Civil Veterinary Dept. Bombay admin report 1932-41 - 1932-1941
Year: 1932
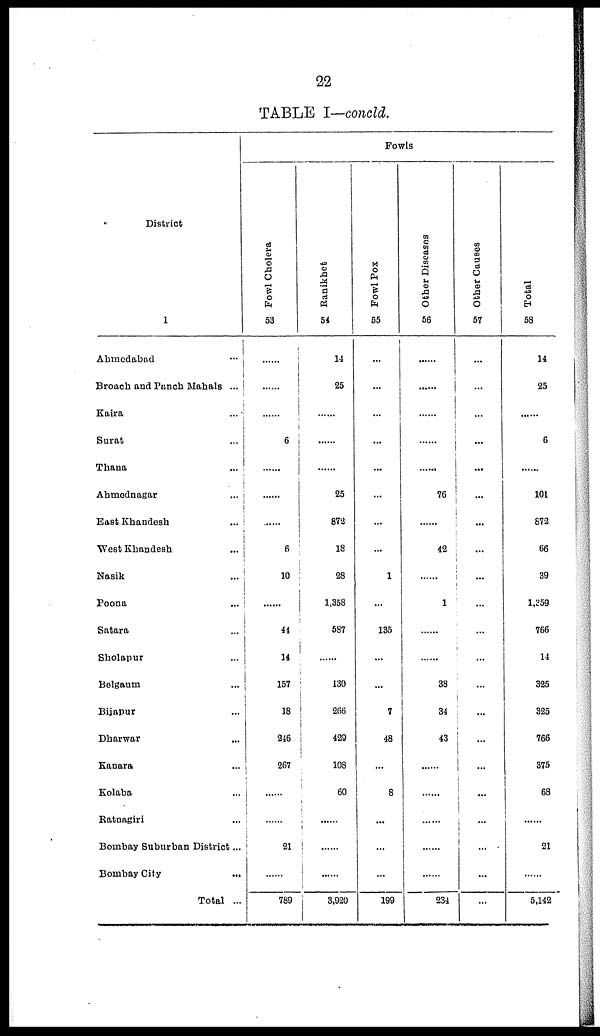
22
TABLE I—concld.
District
1
Ahmedabad ...
Broach and Punch Mahals ...
Kaira ...
Surat ...
Thana ...
Ahmednagar ...
East Khandesh ...
West Khandesh ...
Nasik ...
Poona ...
Satara ...
Sholapur ...
Belgaum ...
Bijapur ...
Dharwar ...
Kanara ...
Kolaba ...
Ratnagiri ...
Bombay Suburban District ...
Bombay City
...
Total ...
Fowls
Fowl Cholera
53
......
......
......
6
......
......
......
6
10
......
44
14
157
18
246
267
......
......
21
......
789
Ranikhet
54
14
25
......
......
......
25
872
18
28
1,358
587
......
130
266
429
108
60
......
......
......
3,920
Fowl Pox
55
...
...
...
...
...
...
...
...
1
...
135
...
...
7
48
...
8
...
...
...
199
Other Diseases
56
......
......
......
......
......
76
......
42
......
1
......
......
38
34
43
......
......
......
......
......
234
Other Causes
57
...
...
...
...
...
...
...
...
...
...
...
...
...
...
...
...
...
...
...
...
...
Total
58
14
25
......
6
......
101
872
66
39
1,359
766
14
325
325
766
375
68
......
21
......
5,142